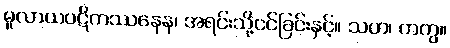
မူလာယပဋိကဿနေန၊ အရင်းသို့ငင်ခြင်းနှင့်။ သဟ၊ တကွ။